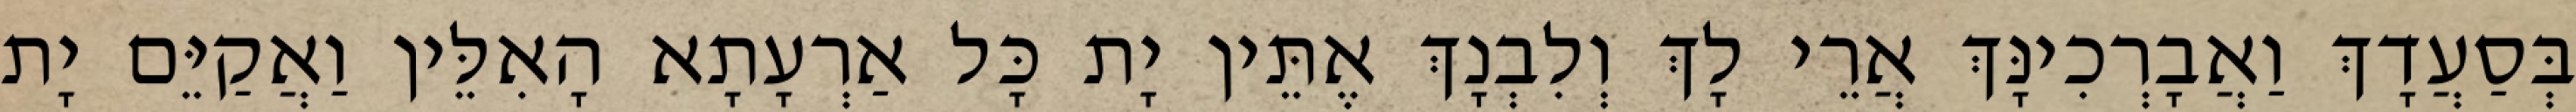
בְּסַעֲדָךְ וַאֲבָרְכִינָּךְ אֲרֵי לָךְ וְלִבְנָךְ אֶתֵּין יָת כָּל אַרְעָתָא הָאִלֵּין וַאֲקַיֵּם יָת